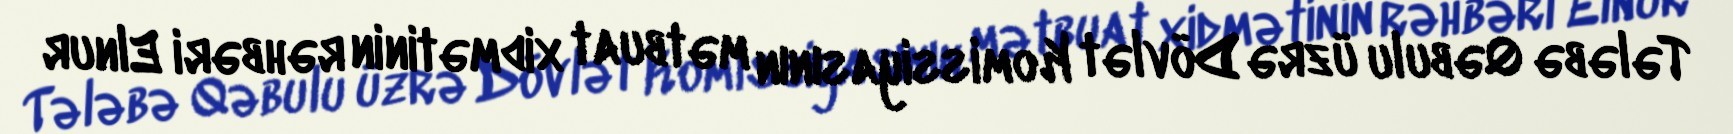
Tələbə Qəbulu üzrə Dövlət Komissiyasının mətbuat xidmətinin rəhbəri Elnur